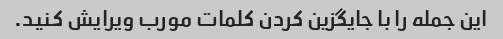
این جمله را با جایگزین کردن کلمات مورب ویرایش کنید.